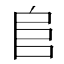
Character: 𨸏